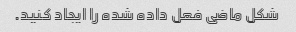
شکل ماضی فعل داده شده را ایجاد کنید.